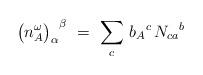
\begin{align*} {\bigl(n_A^\omega\bigr)_\alpha}^\beta \ = \ \sum_{c}\, {b_{A}}^c\, {N_{ca}}^b\end{align*}